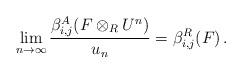
LaTeX: \begin{align*}\lim_{n \to \infty} \frac{\beta_{i,j}^A(F\otimes_R U^n)}{u_n} = \beta_{i,j}^R(F)\,.\end{align*}